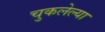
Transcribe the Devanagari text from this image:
चुकलेल्या